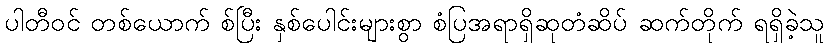
ပါတီဝင် တစ်ယောက် စ်ပြီး နှစ်ပေါင်းများစွာ စံပြအရာရှိဆုတံဆိပ် ဆက်တိုက် ရရှိခဲ့သူ